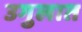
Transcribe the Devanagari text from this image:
उगुलात